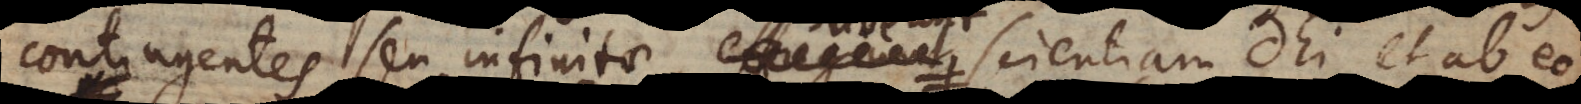
ntingentes seu infinitae subeunt scientiam Dei, et ab